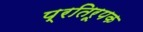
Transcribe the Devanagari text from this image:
प्रतिरूपक